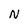
Character: N